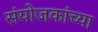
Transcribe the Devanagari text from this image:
संयोजकांच्या